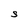
Character: S